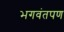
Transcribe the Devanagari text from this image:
भगवंतपण